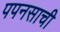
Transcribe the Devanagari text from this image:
पपनसाची